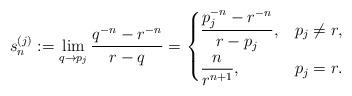
LaTeX: \begin{align*} s^{(j)}_{n}:=\lim_{q\to p_j}\dfrac{q^{-n}-r^{-n}}{r-q}= \begin{cases} \dfrac{p_j^{-n}-r^{-n}}{r-p_j}, & p_j\ne r, \smallskip\\ \dfrac{n}{r^{n+1}}, & p_j=r. \end{cases} \end{align*}